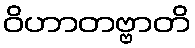
ဝိဟာတဗ္ဗာတိ